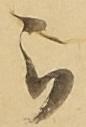
被